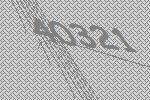
40321